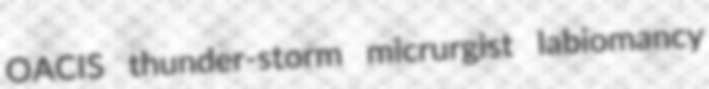
OACIS thunder-storm micrurgist labiomancy